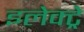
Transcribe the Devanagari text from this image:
इलेक्ट्रे